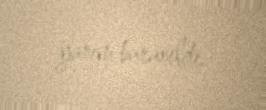
yarım buraxıldı.